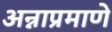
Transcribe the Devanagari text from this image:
अन्नाप्रमाणे